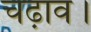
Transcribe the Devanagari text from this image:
चढ़ाव।